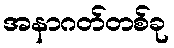
အနာဂတ်တစ်ခု